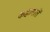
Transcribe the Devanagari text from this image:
कहावातें